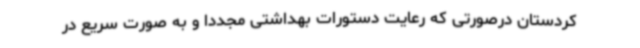
کردستان درصورتی که رعایت دستورات بهداشتی مجددا و به صورت سریع در